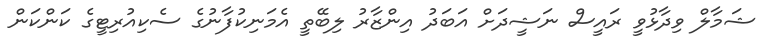
ޝަމާލް ވިދާޅުވީ ރައީސް ނަޝީދަށް އަބަދު އިންޒާރު ލިބޭތީ އެމަނިކުފާނުގެ ސެކިއުރިޓީގެ ކަންކަން